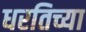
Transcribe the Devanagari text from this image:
धरतिच्या